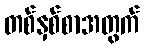
တစ်နှစ်စာအတွက်